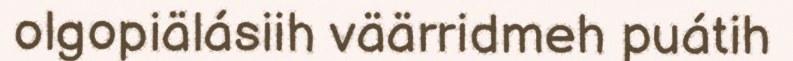
olgopiälásiih väärridmeh puátih